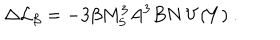
\Delta { \cal L } _ { \beta } = - 3 \beta M _ { 5 } ^ { 3 } A ^ { 3 } B N \, V ( Y ) \ .